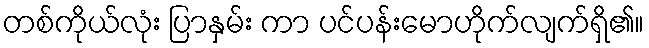
တစ်ကိုယ်လုံး ပြာနှမ်း ကာ ပင်ပန်းမောဟိုက်လျက်ရှိ၏။